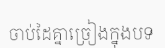
ចាប់ដៃគ្នាច្រៀងក្នុងបទ